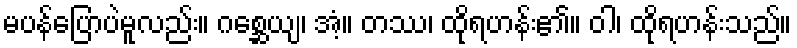
မပန်ပြောပဲမူလည်း။ ဂစ္ဆေယျ၊ အံ့။ တဿ၊ ထိုရဟန်း၏။ ဝါ၊ ထိုရဟန်းသည်။